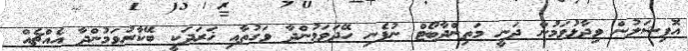
އޮފިޝަލުން ވިދާޅުވަމުން ދަނީ މަތިންދާބޯޓް ނުފެނި ހޭދަވަމުންދާ ވަގުތާއި ޚަރަދަކީ ބޭކާރުވަމުންދާ އެއްޗެއް